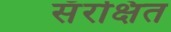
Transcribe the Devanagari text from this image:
सँरक्षित